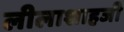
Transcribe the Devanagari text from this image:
लीलाशाहजी